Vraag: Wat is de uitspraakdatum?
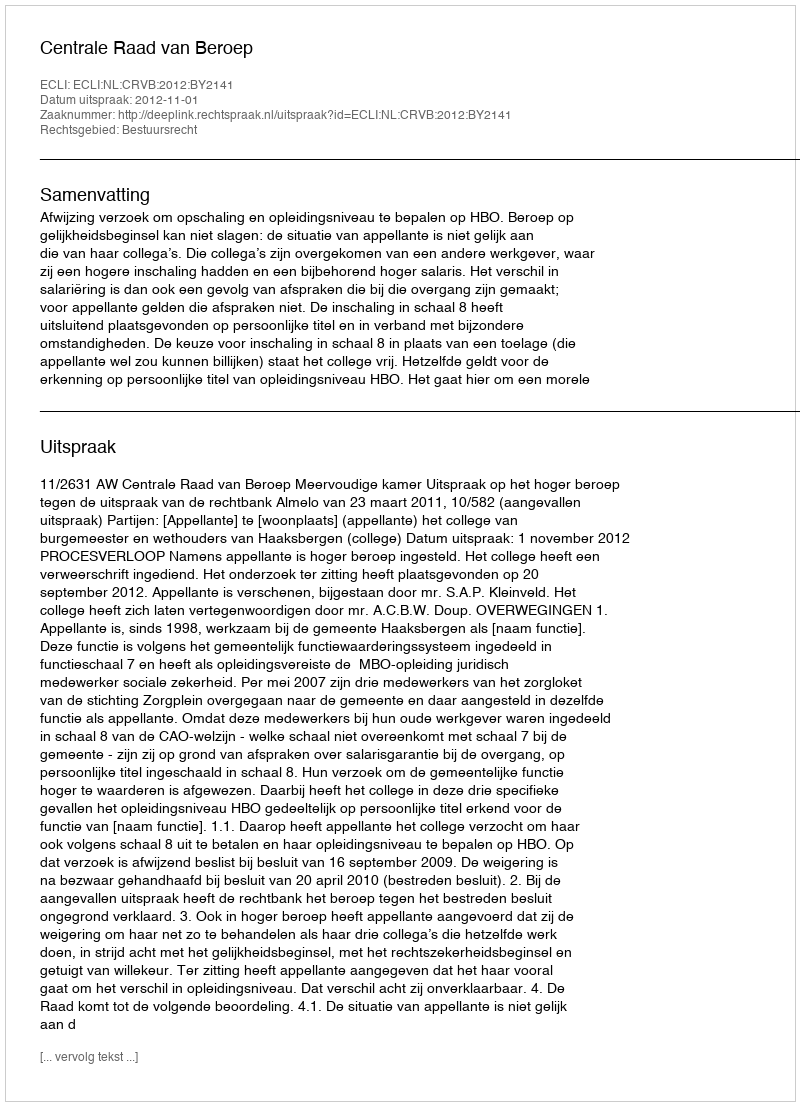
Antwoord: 2012-11-01